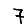
Digit: 7